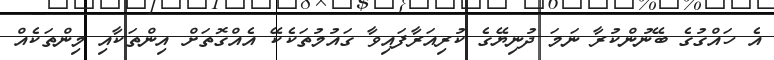
އެ ހައްގުގެ ބޭނުންކުރާ ނަމަ ދުނިޔޭގެ ކުރިއަރާފައިވާ ގައުމުތަކެކޭ އެއްގޮތަށް އިންތަކާއި މިންތަކެއް